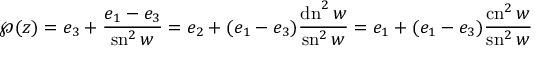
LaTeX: \wp ( z ) = e _ { 3 } + { \frac { e _ { 1 } - e _ { 3 } } { \operatorname { s n } ^ { 2 } w } } = e _ { 2 } + ( e _ { 1 } - e _ { 3 } ) { \frac { \operatorname { d n } ^ { 2 } w } { \operatorname { s n } ^ { 2 } w } } = e _ { 1 } + ( e _ { 1 } - e _ { 3 } ) { \frac { \operatorname { c n } ^ { 2 } w } { \operatorname { s n } ^ { 2 } w } }